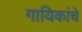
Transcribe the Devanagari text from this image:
गायिकांचे